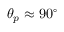
\theta _ { p } \approx 9 0 ^ { \circ }